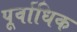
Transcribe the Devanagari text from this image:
पूर्वाधिक